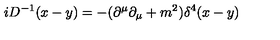
i D ^ { - 1 } ( x - y ) = - { ( \partial ^ { \mu } \partial _ { \mu } + m ^ { 2 } ) } { \delta ^ { 4 } ( x - y ) }